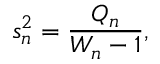
s _ { n } ^ { 2 } = { \frac { Q _ { n } } { W _ { n } - 1 } } ,